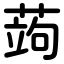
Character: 蒟